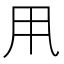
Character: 𠂡